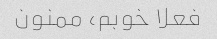
فعلا خوبم، ممنون